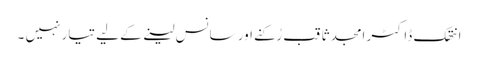
انتھک ڈاکٹر امجد ثاقب رُکنے اور سانس لینے کے لیے تیار نہیں ۔